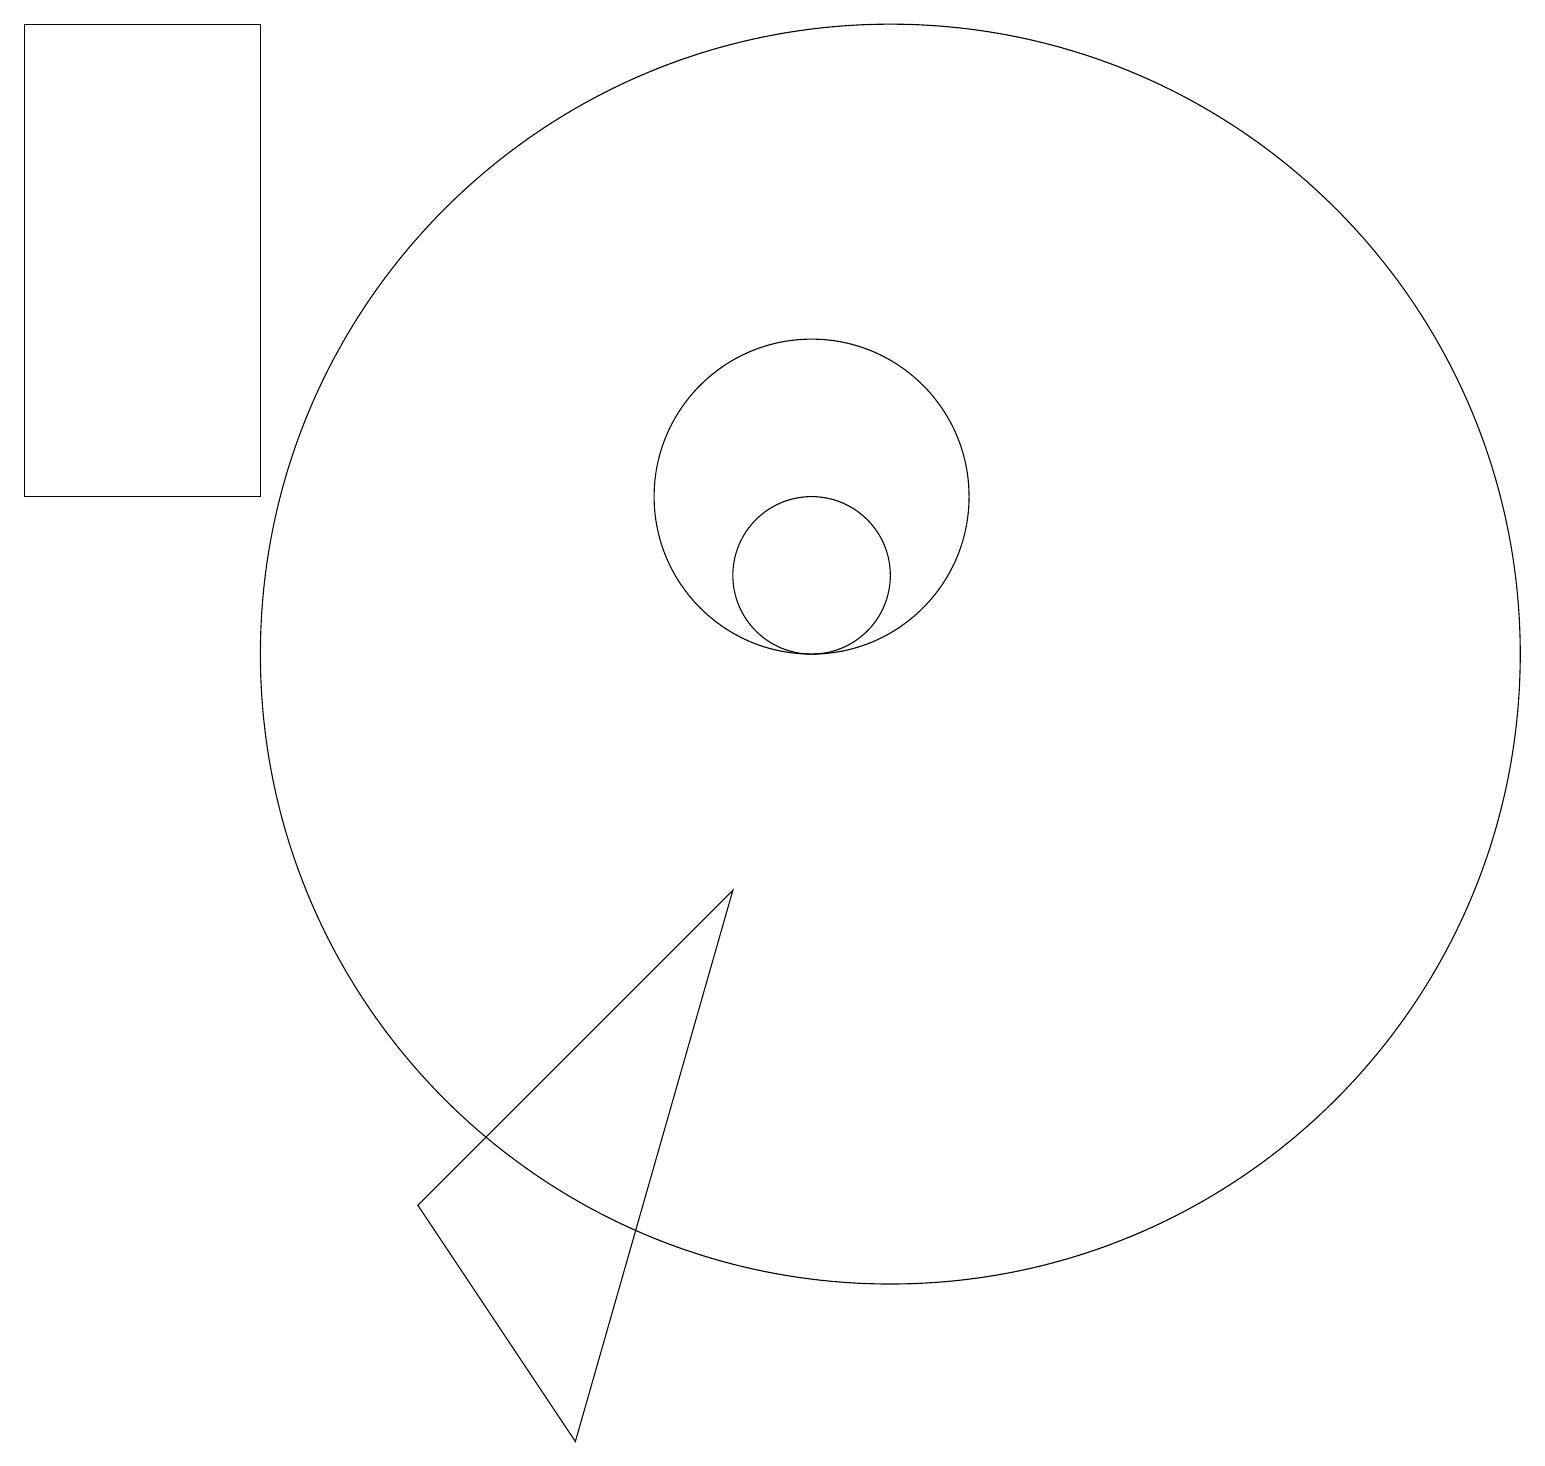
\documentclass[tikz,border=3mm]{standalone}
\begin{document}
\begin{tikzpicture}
\draw (10,11) circle (1);
\draw (0,18) rectangle (3,12);
\draw (11,10) circle (8);
\draw (9,7) -- (7,0) -- (5,3) -- cycle;
\draw (10,12) circle (2);
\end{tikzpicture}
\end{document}